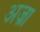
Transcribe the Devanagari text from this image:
अज्रा